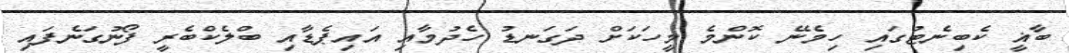
ބާޣީ ކެބިނެޓުގައި ހިމެނޭ ކޮންމެ މީހަކަށް ދަގަނޑު ހެދުމާއި އައިޕެޑާއި ބްލެކްބެރީ ފޯނުގަނެފައި